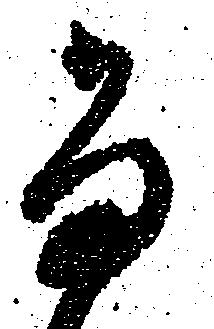
尚